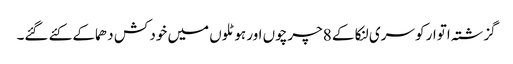
گزشتہ اتوار کو سری لنکا کے 8چرچوں اور ہوٹلوں میں خود کش دھماکے کئے گئے۔